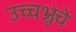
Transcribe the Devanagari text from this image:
उच्चभ्रूंचे